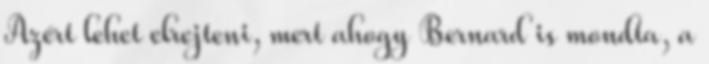
Azért lehet elrejteni, mert ahogy Bernard is mondta, a